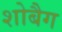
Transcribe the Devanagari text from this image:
शोबैग